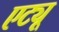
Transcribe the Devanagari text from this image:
एट्यू